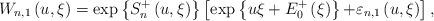
LaTeX: \begin{align*}W_{n,1}\left( {u,\xi }\right) =\exp \left\{ S_{n}^{+}\left( {u,\xi }\right)\right\} \left[ \exp \left\{ u\xi +{E_{0}^{+}\left( \xi \right) }\right\} {+\varepsilon _{n,1}\left( {u,\xi }\right) }\right] , \end{align*}